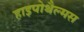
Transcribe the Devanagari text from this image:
हाइपोथैल्मस